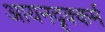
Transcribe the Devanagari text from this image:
आयनदृक्कर्म